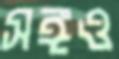
সঙ্গও